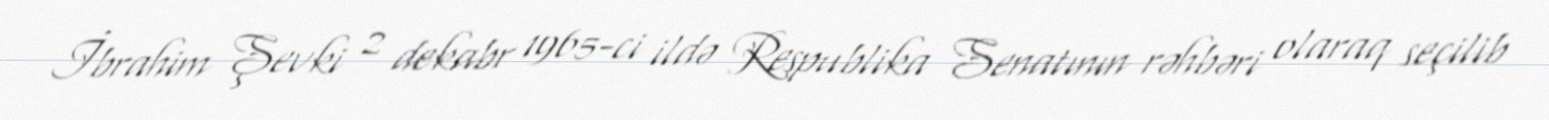
İbrahim Şevki 2 dekabr 1965-ci ildə Respublika Senatının rəhbəri olaraq seçilib